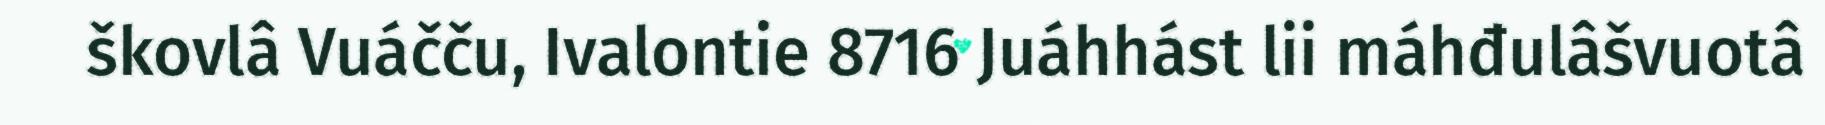
škovlâ Vuáčču, Ivalontie 8716 Juáhhást lii máhđulâšvuotâ